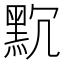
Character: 𪐨